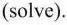
(solve).